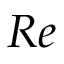
R e